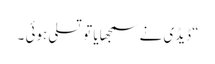
“ ڈیڈی نے سمجھایا تو تسلی ہوئی ۔